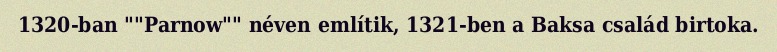
1320-ban ""Parnow"" néven említik, 1321-ben a Baksa család birtoka.